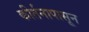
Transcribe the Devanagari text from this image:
कीर्तनापासून